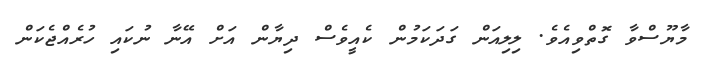
މާޔޫސްވާ ގޮތްވިއެވެ. ލިލިއަން ގަދަކަމުން ކެއީވެސް ދިޔާން އަށް އޭނާ ނުކައި ހުރެއްޖެކަން